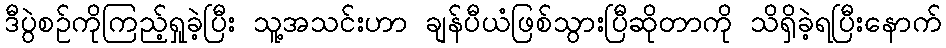
ဒီပွဲစဉ်ကိုကြည့်ရှုခဲ့ပြီး သူ့အသင်းဟာ ချန်ပီယံဖြစ်သွားပြီဆိုတာကို သိရှိခဲ့ရပြီးနောက်